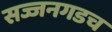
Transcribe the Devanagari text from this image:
सज्जनगडच